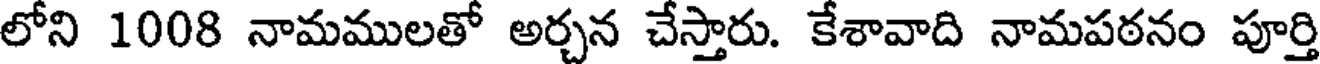
లోని 1008 నామములతో అర్చన చేస్తారు. కేశావాది నామపఠనం పూర్తి